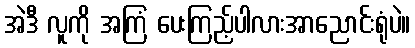
အဲဒီ လူကို အကြံ ပေးကြည့်ပါလားအာညောင်းရုံပဲ။